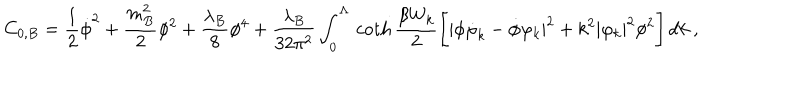
LaTeX: C _ { 0 , B } = \frac 1 2 \dot { \phi } ^ { 2 } + \frac { m _ { B } ^ { 2 } } 2 \phi ^ { 2 } + \frac { \lambda _ { B } } 8 \phi ^ { 4 } + \frac { \lambda _ { B } } { 3 2 \pi ^ { 2 } } \int _ { 0 } ^ { \Lambda } \, \coth \frac { \beta W _ { k } } 2 \Biggl [ | \phi \dot { \varphi } _ { k } - \dot { \phi } \varphi _ { k } | ^ { 2 } + k ^ { 2 } | \varphi _ { k } | ^ { 2 } \phi ^ { 2 } \Biggr ] \, d k \ ,